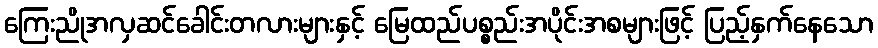
ကြေးညိုအလှဆင်ခေါင်းတလားများနှင့် မြေထည်ပစ္စည်းအပိုင်းအစများဖြင့် ပြည့်နှက်နေသော